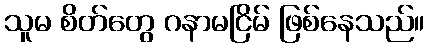
သူမ စိတ်တွေ ဂနာမငြိမ် ဖြစ်နေသည်။